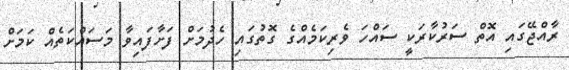
ރާއްޖޭގައި އޮތް ސަރުކާރަކީ ސައްހަ ވެރިކަމެއްގެ ގޮތުގައި ހެދުމަށް ފަށާފައިވާ މަސައްކަތެއް ކަމަށް